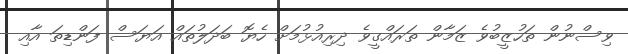
ވިސްނުން ތަހުޒީބުވެ ޒަމާން ތަރައްގީވެ ދިރިއުޅުމަށް ހެޔޮ ބަދަލުތައް އަޔަސް ފަންޑިތަ އާއި